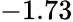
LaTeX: -1.73